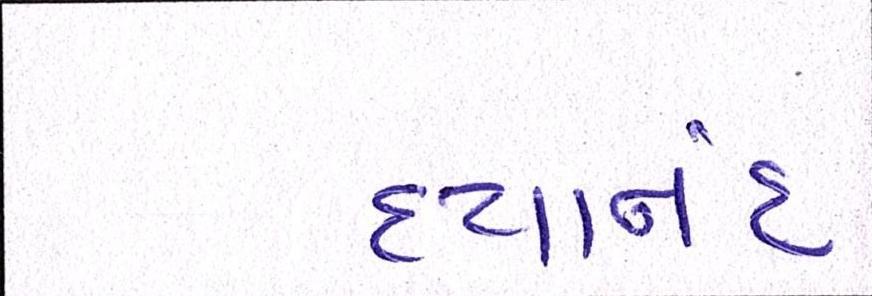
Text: દયાનંદ